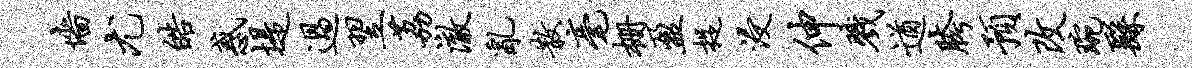
墙尤皓惑堤过翌荔澈乱散毫栅盈捉浸伸戮遒胯预改琬繇